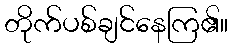
တိုက်ပစ်ချင်နေကြ၏။